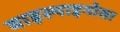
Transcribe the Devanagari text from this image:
बाइस्पाइनोसा